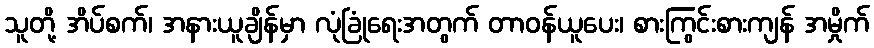
သူတို့ အိပ်စက်၊ အနားယူချိန်မှာ လုံခြုံရေးအတွက် တာဝန်ယူပေး၊ စားကြွင်းစားကျန် အမှိုက်